Source: Handwritten
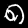
Digit: ၈ (8)